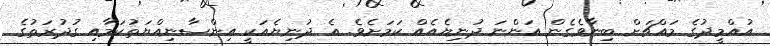
އުއްމީދުގެ މައްޗަށް ބިނާވެގެން އަންނަ ދުނިޔެއެއް ކަމަށެވެ. އެ ދުނިޔެއަކީ އިންސާނިއްޔަތުކަމާއި ގުދުރަތުގެ